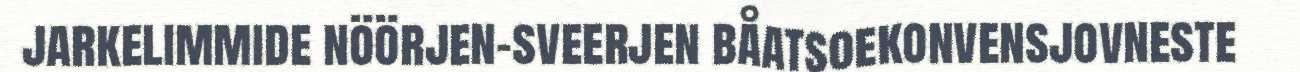
jarkelimmide nöörjen-sveerjen båatsoekonvensjovneste